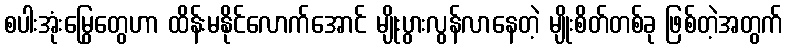
စပါးအုံးမြွေတွေဟာ ထိန်းမနိုင်လောက်အောင် မျိုးပွားလွန်လာနေတဲ့ မျိုးစိတ်တစ်ခု ဖြစ်တဲ့အတွက်